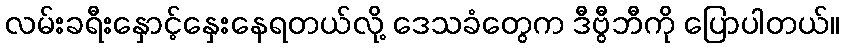
လမ်းခရီးနှောင့်နှေးနေရတယ်လို့ ဒေသခံတွေက ဒီဗွီဘီကို ပြောပါတယ်။